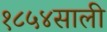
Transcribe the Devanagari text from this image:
१८५४साली